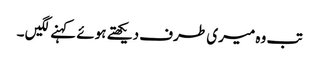
تب وہ میری طرف دیکھتے ہوئے کہنے لگیں ۔